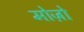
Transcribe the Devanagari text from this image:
मोज़ो